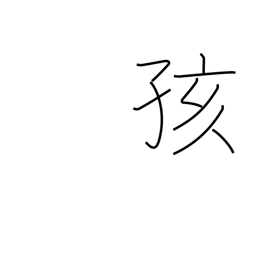
Meaning: baby